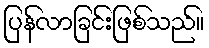
ပြန်လာခြင်းဖြစ်သည်။